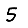
Digit: 5